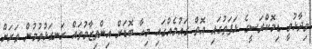
ވިދާޅުވީ ޑިމޮކްރަސީގެ ޅަފަތުގައި އޮތް ގައުމެއްގައި މިހާ ބޮޑަށް އިންތިޒާމުތައް ރަނގަޅުވުމުން ވަރަށް